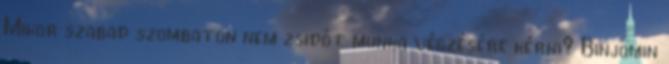
Mikor szabad szombaton nem zsidót munka végzésére kérni? Binjomin